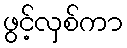
ဖွင့်လှစ်ကာ